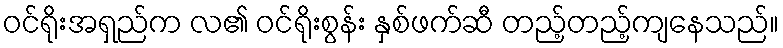
ဝင်ရိုးအရှည်က လ၏ ဝင်ရိုးစွန်း နှစ်ဖက်ဆီ တည့်တည့်ကျနေသည်။